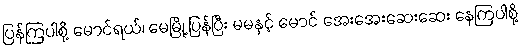
ပြန်ကြပါစို့ မောင်ရယ်၊ မေမြို့ ပြန်ပြီး မမနှင့် မောင် အေးအေးဆေးဆေး နေကြပါစို့